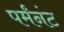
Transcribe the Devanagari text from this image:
पर्मंनंट